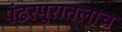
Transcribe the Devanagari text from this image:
पंढरपुरातलाच